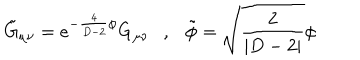
LaTeX: \tilde { G } _ { \mu \nu } = e ^ { - \frac { 4 } { D - 2 } \phi } G _ { \mu \nu } , \tilde { \phi } = \sqrt { \frac { 2 } { | D - 2 | } } \phi